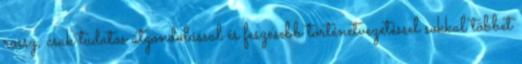
rossz, csak tudatos átgondolással és feszesebb történetvezetéssel sokkal többet